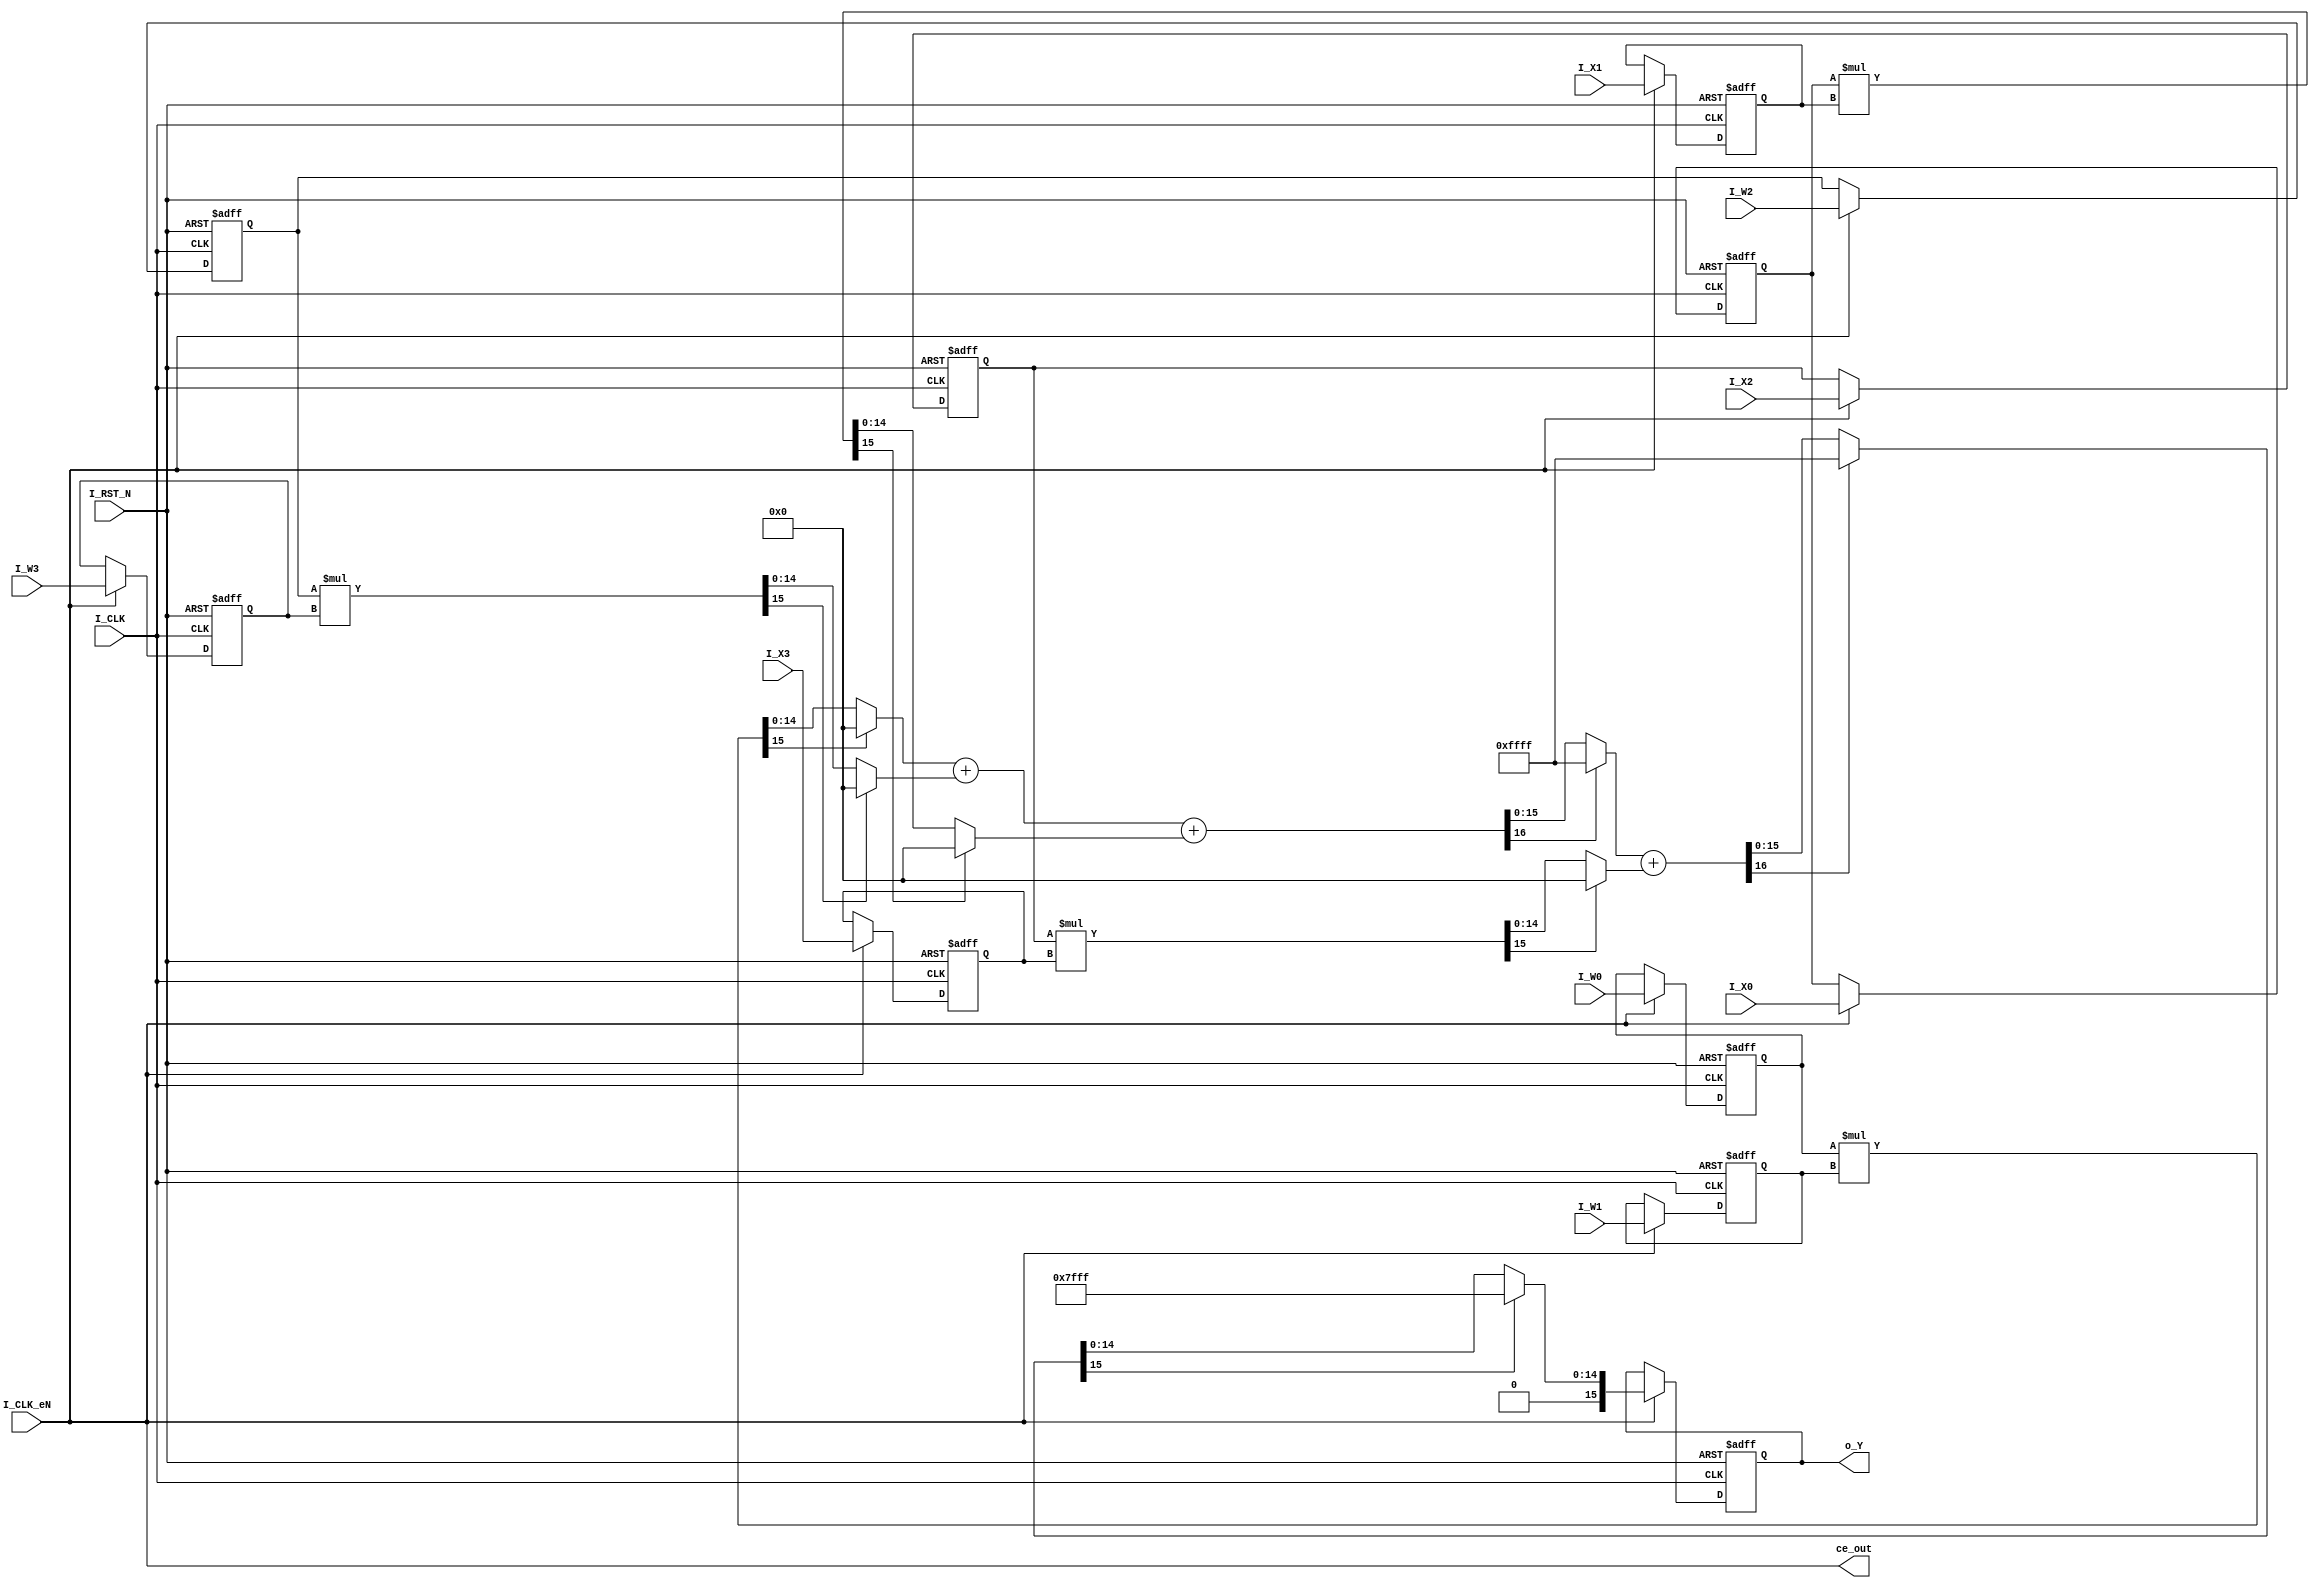
// -------------------------------------------------------------
// 
// 
// Generated by MATLAB 9.12 and HDL Coder 3.20
// 
// 
// -- -------------------------------------------------------------
// -- Rate and Clocking Details
// -- -------------------------------------------------------------
// Model base rate: 1
// Target subsystem base rate: 1
// 
// 
// Clock Enable  Sample Time
// -- -------------------------------------------------------------
// ce_out        1
// -- -------------------------------------------------------------
// 
// 
// Output Signal                 Clock Enable  Sample Time
// -- -------------------------------------------------------------
// o_Y                           ce_out        1
// -- -------------------------------------------------------------
// 
// -------------------------------------------------------------


// -------------------------------------------------------------
// 
// Module: PROCESSING_UNIT
// Source Path: lab1/PROCESSING_UNIT
// Hierarchy Level: 0
// 
// -------------------------------------------------------------

`timescale 1 ns / 1 ns

module PROCESSING_UNIT
          (I_CLK,
           I_RST_N,
           I_CLK_eN,
           I_W0,
           I_W1,
           I_W2,
           I_W3,
           I_X0,
           I_X1,
           I_X2,
           I_X3,
           ce_out,
           o_Y);


  input   I_CLK;
  input   I_RST_N;
  input   I_CLK_eN;
  input   signed [7:0] I_W0;  // int8
  input   signed [7:0] I_W1;  // int8
  input   signed [7:0] I_W2;  // int8
  input   signed [7:0] I_W3;  // int8
  input   signed [7:0] I_X0;  // int8
  input   signed [7:0] I_X1;  // int8
  input   signed [7:0] I_X2;  // int8
  input   signed [7:0] I_X3;  // int8
  output  ce_out;
  output  signed [15:0] o_Y;  // int16


  wire enb;
  reg signed [7:0] Unit_Delay_out1;  // int8
  reg signed [7:0] Unit_Delay2_out1;  // int8
  reg signed [7:0] Unit_Delay4_out1;  // int8
  reg signed [7:0] Unit_Delay6_out1;  // int8
  reg signed [7:0] Unit_Delay1_out1;  // int8
  wire signed [15:0] Product_mul_temp;  // sfix16
  wire [15:0] Product_out1;  // uint16
  reg signed [7:0] Unit_Delay3_out1;  // int8
  wire signed [15:0] Product1_mul_temp;  // sfix16
  wire [15:0] Product1_out1;  // uint16
  wire [16:0] Add_stage2_add_temp;  // ufix17
  wire [15:0] Add_stage2_cast;  // ufix16
  wire [16:0] Add_stage2_1;  // ufix17
  wire [16:0] Add_stage2_2;  // ufix17
  wire [16:0] Add_op_stage1;  // ufix17
  reg signed [7:0] Unit_Delay5_out1;  // int8
  wire signed [15:0] Product2_mul_temp;  // sfix16
  wire [15:0] Product2_out1;  // uint16
  wire [15:0] Add_stage3_add_cast;  // ufix16
  wire [16:0] Add_stage3_add_cast_1;  // ufix17
  wire [16:0] Add_stage3_add_temp;  // ufix17
  wire [15:0] Add_stage3_cast;  // ufix16
  wire [16:0] Add_stage3_1;  // ufix17
  wire [17:0] Add_op_stage2;  // ufix18
  reg signed [7:0] Unit_Delay7_out1;  // int8
  wire signed [15:0] Product3_mul_temp;  // sfix16
  wire [15:0] Product3_out1;  // uint16
  wire [15:0] Add_stage4_add_cast;  // ufix16
  wire [16:0] Add_stage4_add_cast_1;  // ufix17
  wire [16:0] Add_stage4_add_temp;  // ufix17
  wire [15:0] Add_stage4_cast;  // ufix16
  wire [16:0] Add_stage4_1;  // ufix17
  wire signed [15:0] Add_out1;  // int16
  reg signed [15:0] Unit_Delay8_out1;  // int16


  assign enb = I_CLK_eN;

  always @(posedge I_CLK or posedge I_RST_N)
    begin : Unit_Delay_process
      if (I_RST_N == 1'b1) begin
        Unit_Delay_out1 <= 8'sb00000000;
      end
      else begin
        if (enb) begin
          Unit_Delay_out1 <= I_W0;
        end
      end
    end



  always @(posedge I_CLK or posedge I_RST_N)
    begin : Unit_Delay2_process
      if (I_RST_N == 1'b1) begin
        Unit_Delay2_out1 <= 8'sb00000000;
      end
      else begin
        if (enb) begin
          Unit_Delay2_out1 <= I_W2;
        end
      end
    end



  always @(posedge I_CLK or posedge I_RST_N)
    begin : Unit_Delay4_process
      if (I_RST_N == 1'b1) begin
        Unit_Delay4_out1 <= 8'sb00000000;
      end
      else begin
        if (enb) begin
          Unit_Delay4_out1 <= I_X0;
        end
      end
    end



  always @(posedge I_CLK or posedge I_RST_N)
    begin : Unit_Delay6_process
      if (I_RST_N == 1'b1) begin
        Unit_Delay6_out1 <= 8'sb00000000;
      end
      else begin
        if (enb) begin
          Unit_Delay6_out1 <= I_X2;
        end
      end
    end



  always @(posedge I_CLK or posedge I_RST_N)
    begin : Unit_Delay1_process
      if (I_RST_N == 1'b1) begin
        Unit_Delay1_out1 <= 8'sb00000000;
      end
      else begin
        if (enb) begin
          Unit_Delay1_out1 <= I_W1;
        end
      end
    end



  assign Product_mul_temp = Unit_Delay_out1 * Unit_Delay1_out1;
  assign Product_out1 = (Product_mul_temp[15] == 1'b1 ? 16'b0000000000000000 :
              Product_mul_temp);



  always @(posedge I_CLK or posedge I_RST_N)
    begin : Unit_Delay3_process
      if (I_RST_N == 1'b1) begin
        Unit_Delay3_out1 <= 8'sb00000000;
      end
      else begin
        if (enb) begin
          Unit_Delay3_out1 <= I_W3;
        end
      end
    end



  assign Product1_mul_temp = Unit_Delay2_out1 * Unit_Delay3_out1;
  assign Product1_out1 = (Product1_mul_temp[15] == 1'b1 ? 16'b0000000000000000 :
              Product1_mul_temp);



  assign Add_stage2_1 = {1'b0, Product_out1};
  assign Add_stage2_2 = {1'b0, Product1_out1};
  assign Add_stage2_add_temp = Add_stage2_1 + Add_stage2_2;
  assign Add_stage2_cast = (Add_stage2_add_temp[16] != 1'b0 ? 16'b1111111111111111 :
              Add_stage2_add_temp[15:0]);
  assign Add_op_stage1 = {1'b0, Add_stage2_cast};



  always @(posedge I_CLK or posedge I_RST_N)
    begin : Unit_Delay5_process
      if (I_RST_N == 1'b1) begin
        Unit_Delay5_out1 <= 8'sb00000000;
      end
      else begin
        if (enb) begin
          Unit_Delay5_out1 <= I_X1;
        end
      end
    end



  assign Product2_mul_temp = Unit_Delay4_out1 * Unit_Delay5_out1;
  assign Product2_out1 = (Product2_mul_temp[15] == 1'b1 ? 16'b0000000000000000 :
              Product2_mul_temp);



  assign Add_stage3_add_cast = (Add_op_stage1[16] != 1'b0 ? 16'b1111111111111111 :
              Add_op_stage1[15:0]);
  assign Add_stage3_add_cast_1 = {1'b0, Add_stage3_add_cast};
  assign Add_stage3_1 = {1'b0, Product2_out1};
  assign Add_stage3_add_temp = Add_stage3_add_cast_1 + Add_stage3_1;
  assign Add_stage3_cast = (Add_stage3_add_temp[16] != 1'b0 ? 16'b1111111111111111 :
              Add_stage3_add_temp[15:0]);
  assign Add_op_stage2 = {2'b0, Add_stage3_cast};



  always @(posedge I_CLK or posedge I_RST_N)
    begin : Unit_Delay7_process
      if (I_RST_N == 1'b1) begin
        Unit_Delay7_out1 <= 8'sb00000000;
      end
      else begin
        if (enb) begin
          Unit_Delay7_out1 <= I_X3;
        end
      end
    end



  assign Product3_mul_temp = Unit_Delay6_out1 * Unit_Delay7_out1;
  assign Product3_out1 = (Product3_mul_temp[15] == 1'b1 ? 16'b0000000000000000 :
              Product3_mul_temp);



  assign Add_stage4_add_cast = (Add_op_stage2[17:16] != 2'b00 ? 16'b1111111111111111 :
              Add_op_stage2[15:0]);
  assign Add_stage4_add_cast_1 = {1'b0, Add_stage4_add_cast};
  assign Add_stage4_1 = {1'b0, Product3_out1};
  assign Add_stage4_add_temp = Add_stage4_add_cast_1 + Add_stage4_1;
  assign Add_stage4_cast = (Add_stage4_add_temp[16] != 1'b0 ? 16'b1111111111111111 :
              Add_stage4_add_temp[15:0]);
  assign Add_out1 = (Add_stage4_cast[15] != 1'b0 ? 16'sb0111111111111111 :
              Add_stage4_cast);



  always @(posedge I_CLK or posedge I_RST_N)
    begin : Unit_Delay8_process
      if (I_RST_N == 1'b1) begin
        Unit_Delay8_out1 <= 16'sb0000000000000000;
      end
      else begin
        if (enb) begin
          Unit_Delay8_out1 <= Add_out1;
        end
      end
    end



  assign o_Y = Unit_Delay8_out1;

  assign ce_out = I_CLK_eN;

endmodule  // PROCESSING_UNIT